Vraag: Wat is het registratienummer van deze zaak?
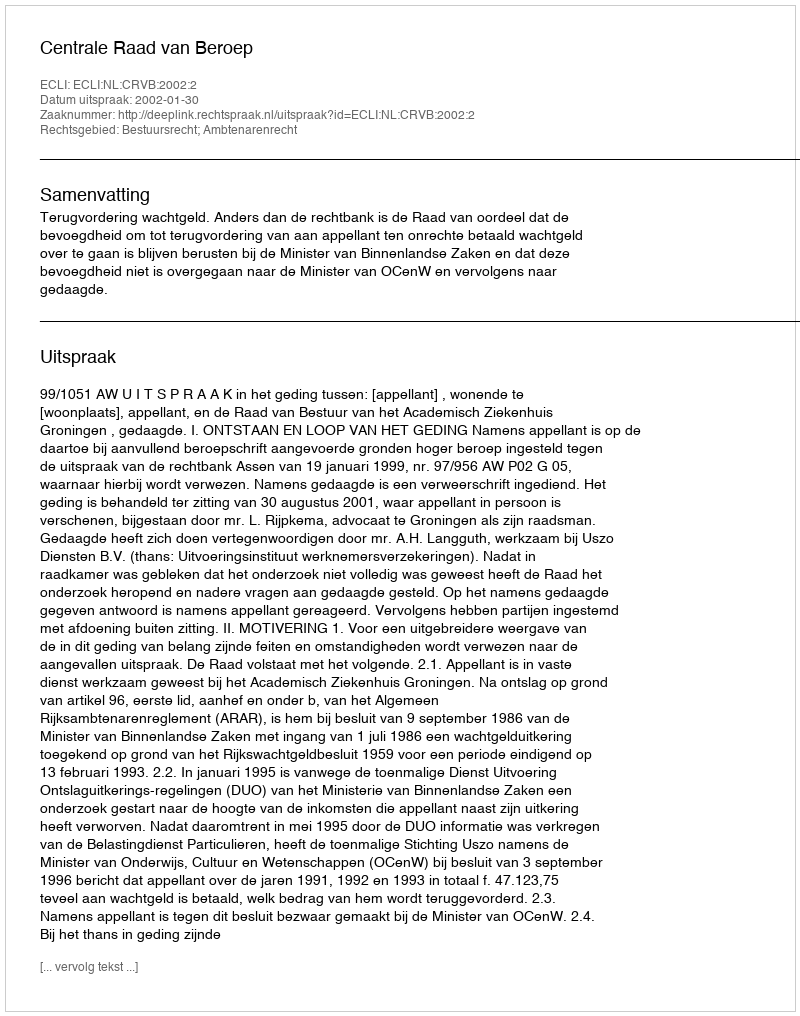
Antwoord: http://deeplink.rechtspraak.nl/uitspraak?id=ECLI:NL:CRVB:2002:2